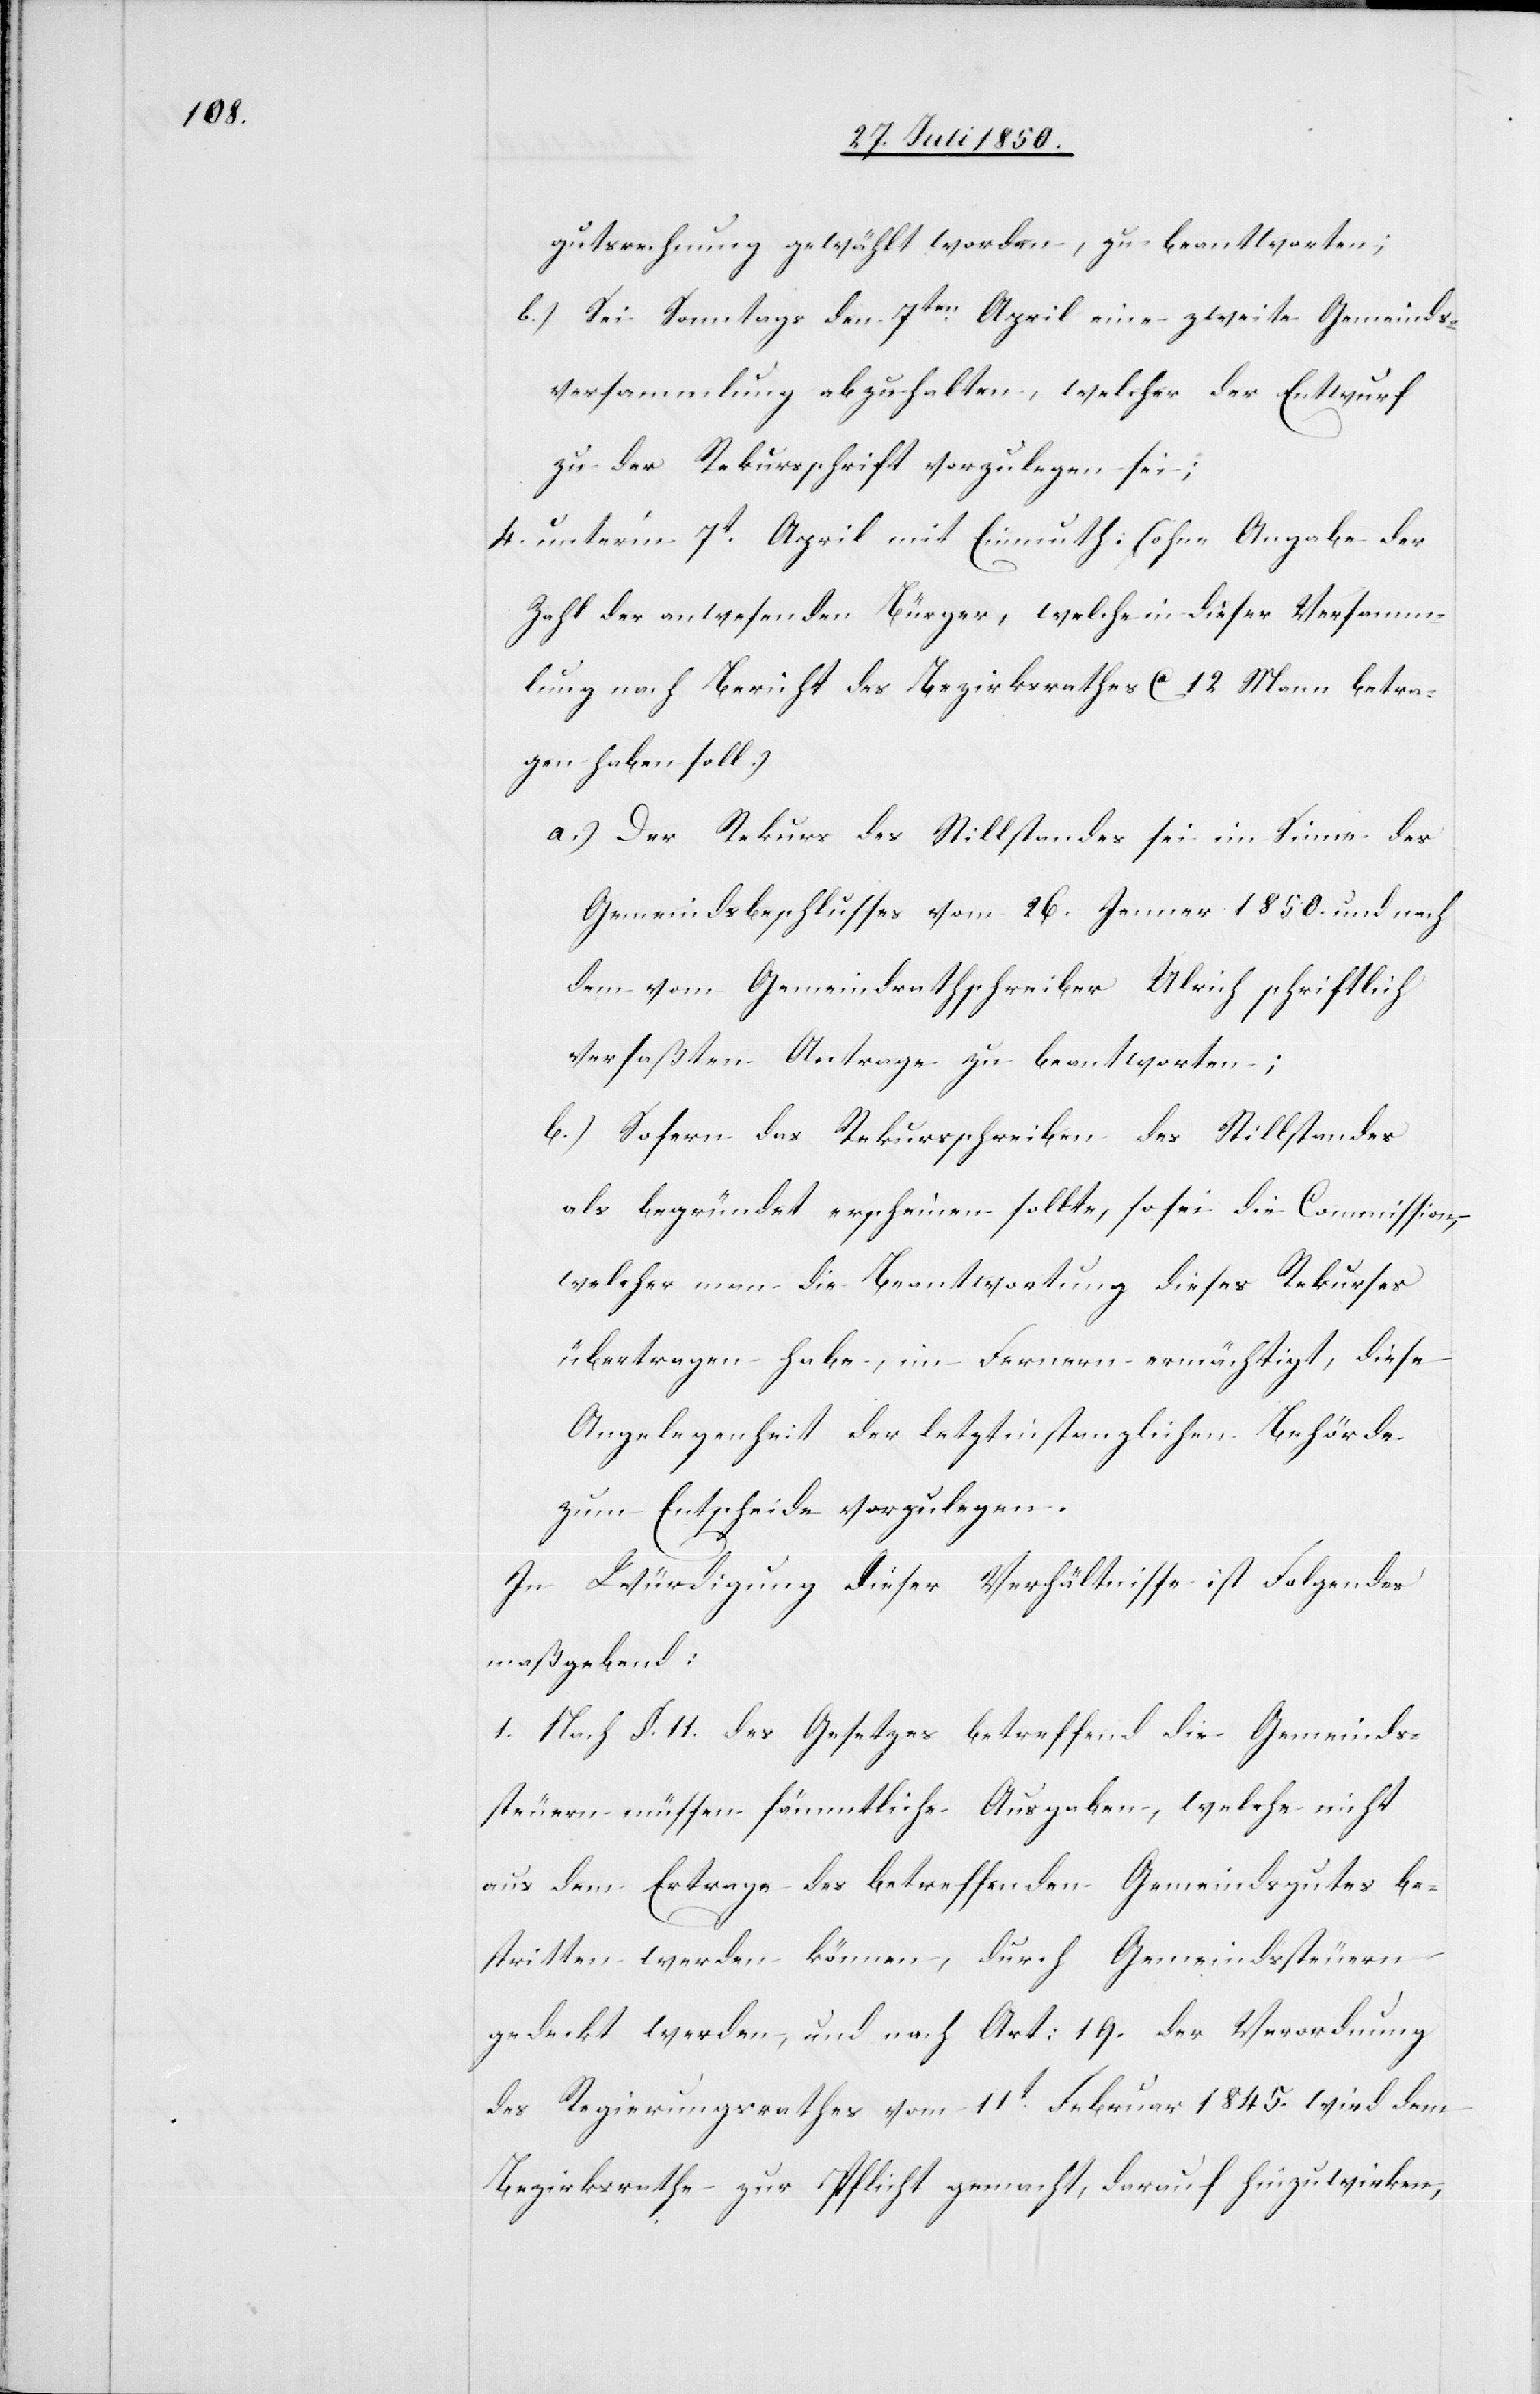
gutsrechnung gewählt worden, zu beantworten;
b.) Sei Sonntags den 7ten April eine zweite Gemeinds¬
versammlung abzuhalten, welcher der Entwurf
zu der Rekursschrift vorzulegen sei;
4. unter’m 7t April mit Einmuth: (ohne Angabe der
Zahl der anwesenden Bürger, welche in dieser Versamm¬
lung nach Bericht des Bezirksrathes Ca 12 Mann betra¬
gen haben soll.)
a.) Der Rekurs des Stillstandes sei im Sinne des
Gemeindsbeschlusses vom 26. Jenner 1850. und nach
dem vom Gemeindrathschreiber Ulrich schriftlich
verfaßten Antrage zu beantworten;
b.) Sofern das Rekursschreiben des Stillstandes
als begründet erscheinen sollte, so sei die Commission,
welcher man die Beantwortung dieses Rekurses
übertragen habe, im Fernern ermächtigt, diese
Angelegenheit der letztinstanzlichen Behörde
zum Entscheide vorzulegen.
In Würdigung dieser Verhältnisse ist Folgendes
maßgebend:
1. Nach §. 11. des Gesetzes betreffend die Gemeinds¬
steuern müssen sämmtliche Ausgaben, welche nicht
aus dem Ertrage des betreffenden Gemeindsgutes be¬
stritten werden können, durch Gemeindssteuern
gedeckt werden, und nach Art: 19. der Verordnung
des Regierungsrathes vom 11t Februar 1845. wird dem
Bezirksrathe zur Pflicht gemacht, darauf hinzuwirken,